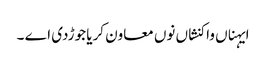
ایہناں واکنشاں نوں معاون کریا جوڑدی اے ۔